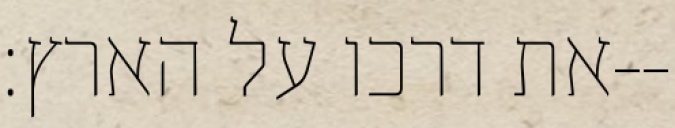
את דרכו על הארץ׃--